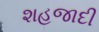
શહજાદી